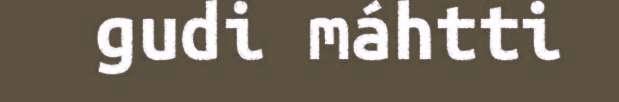
gudi máhtti